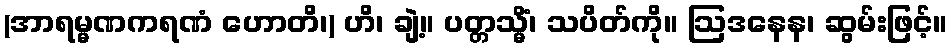
(အာရမ္မဏကရဏံ ဟောတိ၊) ဟိ၊ ချဲ့။ ပတ္တသ္မိံ၊ သပိတ်ကို။ ဩဒနေန၊ ဆွမ်းဖြင့်။